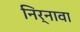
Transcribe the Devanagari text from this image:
निर्नावा